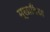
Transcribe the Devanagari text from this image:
मूलाविद्या